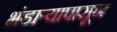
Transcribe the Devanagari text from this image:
भंडाऱ्यापासून